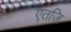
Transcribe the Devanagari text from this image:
एतज़ि